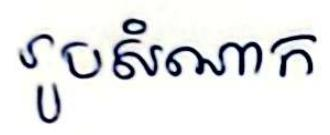
រូបសំណាក